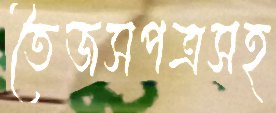
তৈজসপত্রসহ